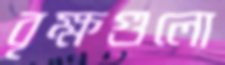
বৃক্ষগুলো